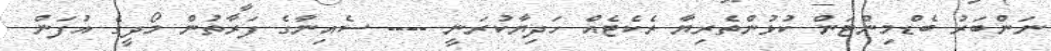
ނަންބަރު ބެޑްމިންޓަން ކުޅުންތެރިޔާ ރެކެޓެއް ހަދިޔާކުރަނީ ---- ސެއިނާގެ ފަރާތުން މޯދީގެ އުފަން